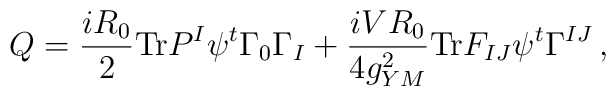
Q = \frac{iR_{0}}{2}{\rm Tr} P^{I}\psi^{t} \Gamma_{0} \Gamma_{I} +\frac{iVR_{0}}{4g_{YM}^{2}}{\rm Tr}F_{IJ}\psi^{t}  \Gamma^{IJ} \, ,